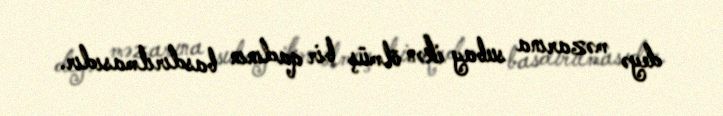
deyə məzarına subay ikən ölmüş bir qadının basdırılmasıdır.